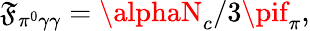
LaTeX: \mathfrak{F}_{\pi^{0}\gamma\gamma}=\alphaN_{c}/3\pif_{\pi},